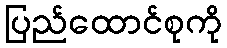
ပြည်ထောင်စုကို